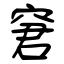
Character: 窘